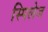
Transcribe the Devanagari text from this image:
स्पिलेज